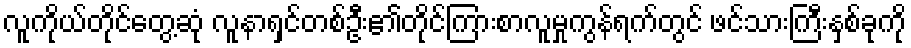
လူကိုယ်တိုင်တွေ့ဆုံ လူနာရှင်တစ်ဦး၏တိုင်ကြားစာလူမှုကွန်ရက်တွင် ဖင်သားကြီးနှစ်ခုကို